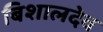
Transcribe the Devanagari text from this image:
बिशालदेव